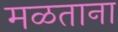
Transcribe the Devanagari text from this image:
मळताना